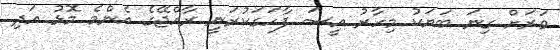
ވަރަށް ގިނަ ބަޔަކު މިހާރު އީސަ ފާހަގަކުރަނީ ރާއްޖޭގެ އެންމެ މޮޅު އަދި